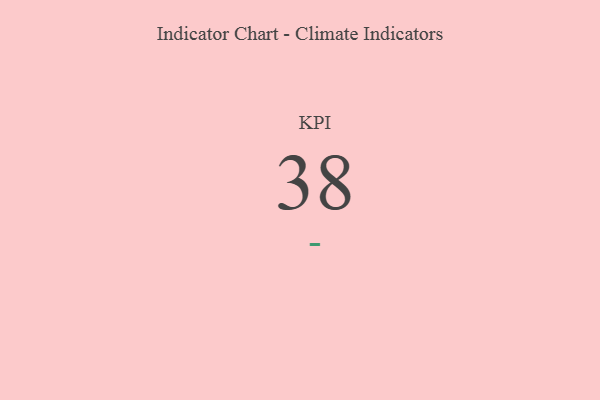
{"axis": {"x": "KPI", "y": "Value"}, "legend": [""], "data": [{"x": "KPI", "y": 38, "type": ""}]}